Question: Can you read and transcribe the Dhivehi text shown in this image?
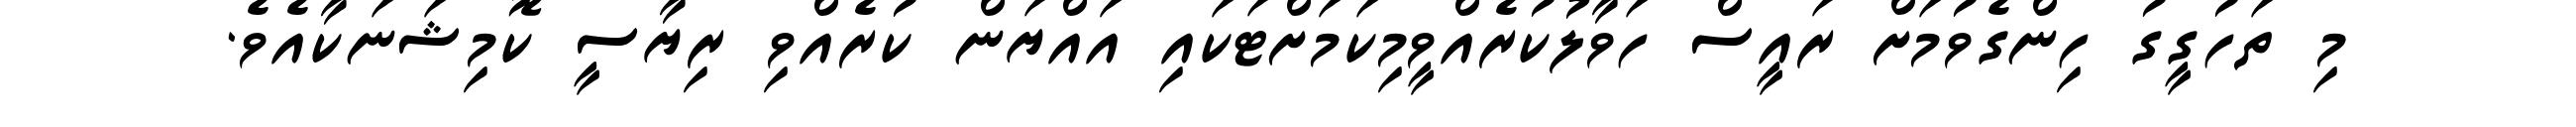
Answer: މި ތަހުގީގު ހިންގެވުމަށް ރައީސް ހަވާލުކުރެއްވީމިކަމަށްޓަކައި އައްޔަން ކުރެއްވި ރިޔާސީ ކޮމިޝަނަކާއެވެ.